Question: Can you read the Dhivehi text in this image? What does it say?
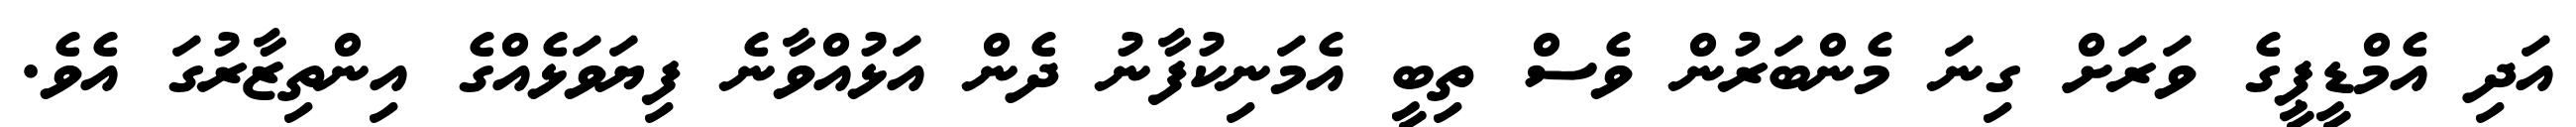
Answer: އަދި އެމްޑީޕީގެ ވަރަށް ގިނަ މެންބަރުން ވެސް ތިބީ އެމަނިކުފާނު ދެން އަޅުއްވާނެ ފިޔަވަޅެއްގެ އިންތިޒާރުގަ އެވެ.